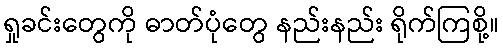
ရှုခင်းတွေကို ဓာတ်ပုံတွေ နည်းနည်း ရိုက်ကြစို့။